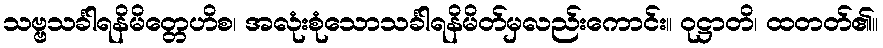
သဗ္ဗသင်္ခါရနိမိတ္တေဟိစ၊ အလုံးစုံသောသင်္ခါရနိမိတ်မှလည်းကောင်း။ ဝုဋ္ဌာတိ၊ ထတတ်၏။